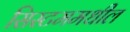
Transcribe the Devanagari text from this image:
सिस्टममधील